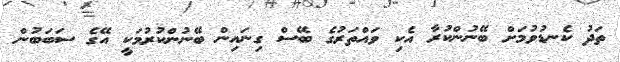
ތަދު ކެނޑުވުމަށް ބޭނުންކުރާ އެކި ވައްތަރުގެ ބޭސް ގިނައިން ބޭނުންކުރުމަކީ އޭގެ ސަބަބުން